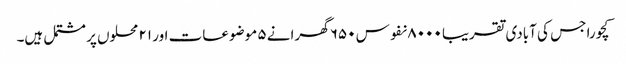
کچورا جس کی آبادی تقریبا ۸۰۰۰ نفوس ۶۵۰ گھرانے ۵ موضوعات اور ۲۱ محلوں پر مشتمل ہیں۔